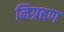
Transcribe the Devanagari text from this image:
निग्रहण